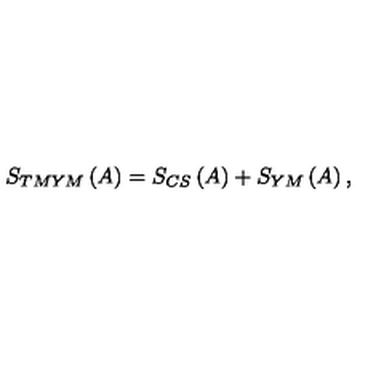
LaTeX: S _ { T M Y M } \left( A \right) = S _ { C S } \left( A \right) + S _ { Y M } \left( A \right) ,